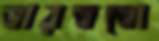
ভারততো